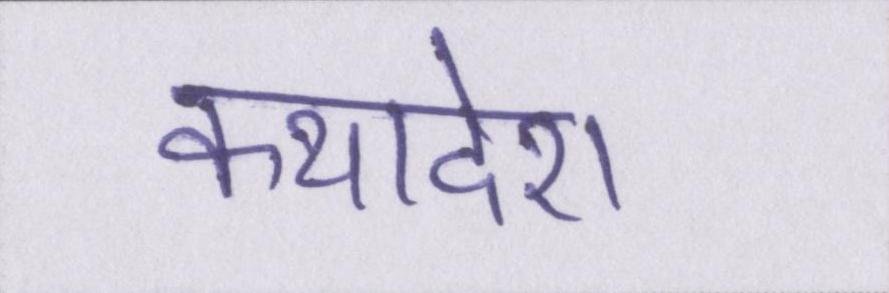
कथादेश